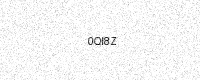
Text: 0QI8Z